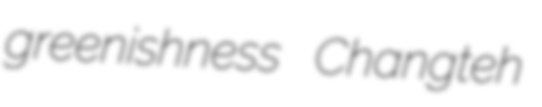
greenishness Changteh